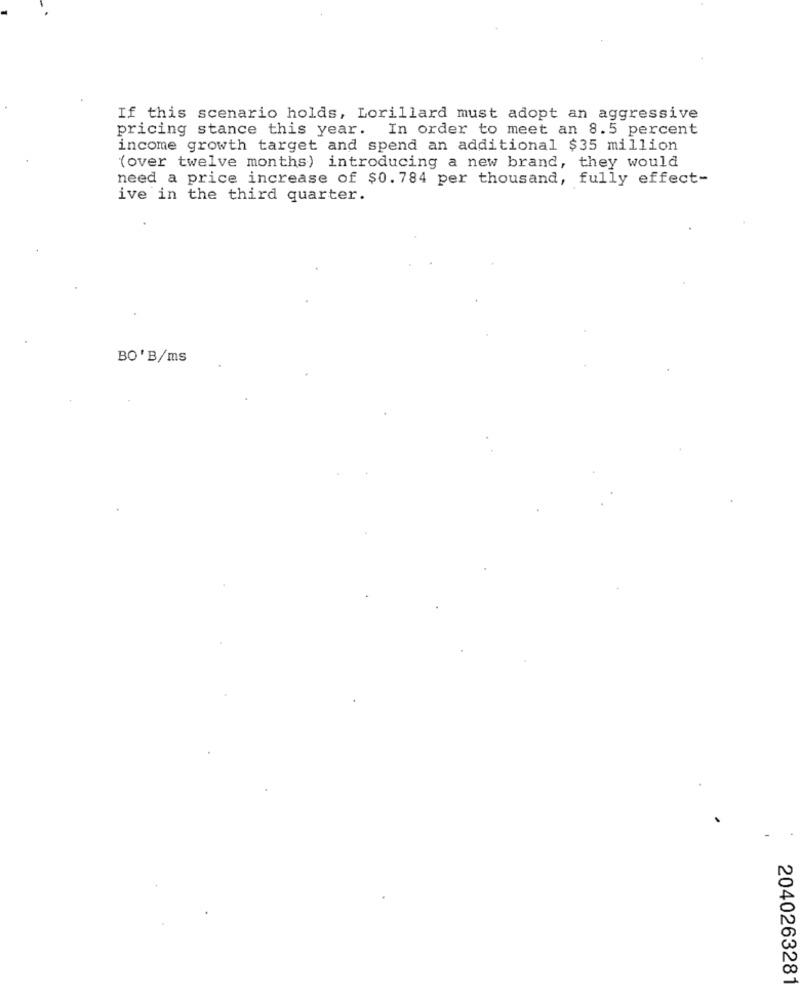
If this scenario holds, Lorillard must adopt an aggressive
pricing stance this year. In order to meet an 8.5 percent
income growth target and spend an additional $35 million
(over twelve months) introducing a new brand, they would
need a price increase of $0.784 per thousand, fully effect-
ive in the third quarter.
BO'B/ms
2040263281